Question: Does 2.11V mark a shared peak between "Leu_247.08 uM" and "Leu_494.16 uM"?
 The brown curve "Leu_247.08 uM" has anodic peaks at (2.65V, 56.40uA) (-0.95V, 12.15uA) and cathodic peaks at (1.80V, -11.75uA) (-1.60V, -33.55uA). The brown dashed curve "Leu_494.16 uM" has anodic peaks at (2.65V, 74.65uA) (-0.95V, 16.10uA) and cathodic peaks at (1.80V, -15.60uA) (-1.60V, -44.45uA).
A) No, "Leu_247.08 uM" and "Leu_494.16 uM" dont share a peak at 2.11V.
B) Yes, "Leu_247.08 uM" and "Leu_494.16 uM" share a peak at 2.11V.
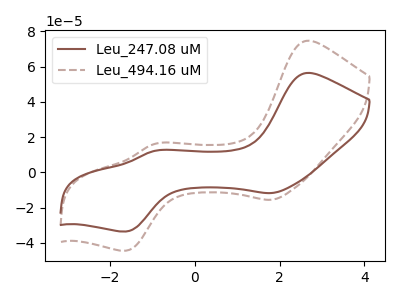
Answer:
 <answer>A) No, "Leu_247.08 uM" and "Leu_494.16 uM" dont share a peak at 2.11V.</answer>
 <eval>A</eval>